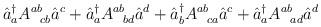
LaTeX: \begin{align*}\hat{a}^{\dagger}_a A^{ab}_{\;\;\;cb} \hat{a}^c + \hat{a}^{\dagger}_a A^{ab}_{\;\;\;bd} \hat{a}^d + \hat{a}^{\dagger}_b A^{ab}_{\;\;\;ca} \hat{a}^c + \hat{a}^{\dagger}_a A^{ab}_{\;\;\;ad} \hat{a}^d\end{align*}